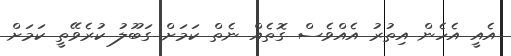
އެއީ އެހެން އިތުރު އެއްވެސް ގޮތެއް ނެތް ކަމަށް ގަބޫލު ކުރެވޭތީ ކަމަށް